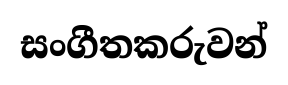
සංගීතකරුවන්